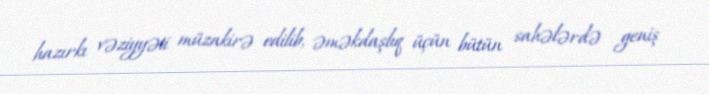
hazırkı vəziyyəti müzakirə edilib, əməkdaşlıq üçün bütün sahələrdə geniş